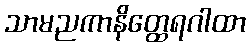
သာမညကာနိတ္ထေရဂါထာ